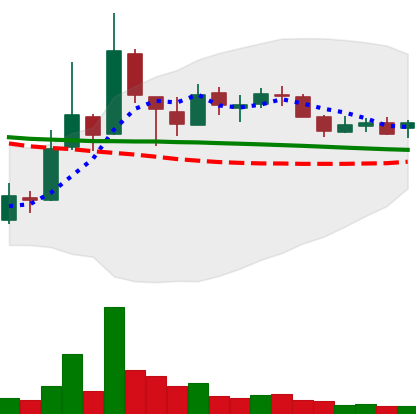
Ticker: XLM-USD
Chart end date: 2018-10-07
Forward return: -11.873%
Label: down_7plus